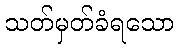
သတ်မှတ်ခံရသော